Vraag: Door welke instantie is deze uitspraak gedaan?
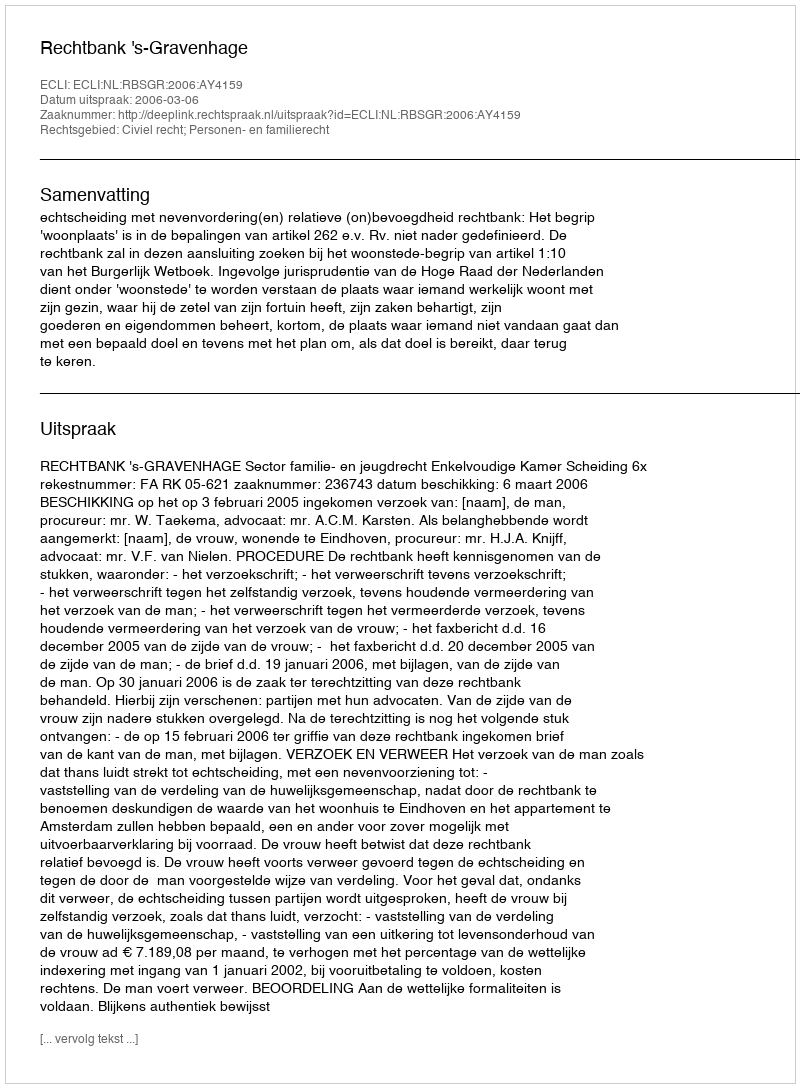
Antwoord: Rechtbank 's-Gravenhage